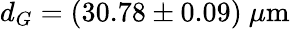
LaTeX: d_{G}=(30.78\pm 0.09)~\mu\mathrm{m}